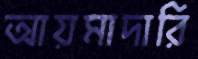
আয়মাদারি